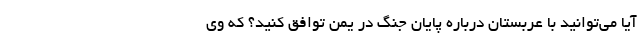
آیا می‌توانید با عربستان درباره پایان جنگ در یمن توافق کنید؟ که وی